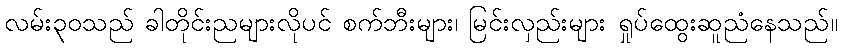
လမ်း၃၀သည် ခါတိုင်းညများလိုပင် စက်ဘီးများ၊ မြင်းလှည်းများ ရှုပ်ထွေးဆူညံနေသည်။